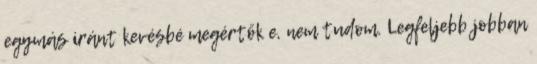
egymás iránt kevésbé megértők e, nem tudom. Legfeljebb jobban